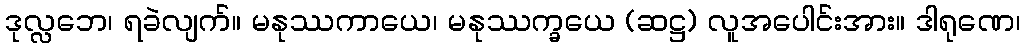
ဒုလ္လဘေ၊ ရခဲလျက်။ မနုဿကာယေ၊ မနုဿက္ခယေ (ဆဋ္ဌ) လူအပေါင်းအား။ ဒါရုဏေ၊